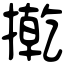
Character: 㨴